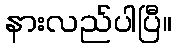
နားလည်ပါပြီ။